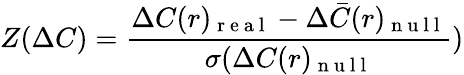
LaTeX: Z(\Delta C)=\frac{\Delta C(r)_{\mathrm{~r~e~a~l~}}-{\Delta\bar{C}}(r)_{\mathrm{~n~u~l~l~}}}{\sigma(\Delta C(r)_{\mathrm{~n~u~l~l~}}})